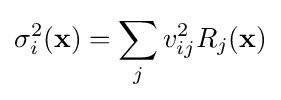
\sigma _{i}^{2}(\mathbf {x} )=\sum _{j}v_{ij}^{2}R_{j}(\mathbf {x} )